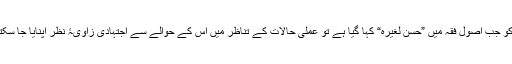
جہاد کو جب اصول فقہ میں ”حسن لغیرہ“ کہا گیا ہے تو عملی حالات کے تناظر میں اس کے حوالے سے اجتہادی زاویۂ نظر اپنایا جا سکتا ہے۔